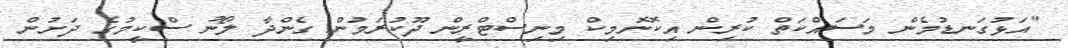
"އަޅުގަނޑުމެން މަސައްކަތް ކުރިން އިކޮނޮމިކް މިނިސްޓްރީން ދޫކުރަމުން ގެންދާ ލޯނު ސްކީމުގެ ދަށުން